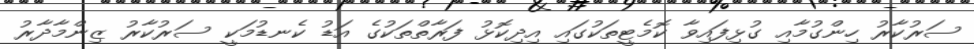
ސަރުކާރު ހިންގުމާއި ގުޅިފައިވާ ކޮމެޓީތަކުގައި އިދިކޮޅު ފަރާތްތަކުގެ އަޑު ކެނޑުމަކީ ސަރުކާރު ޒިންމާދާރު